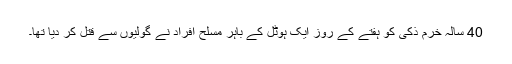
40 سالہ خرم ذکی کو ہفتے کے روز ایک ہوٹل کے باہر مسلح افراد نے گولیوں سے قتل کر دیا تھا۔